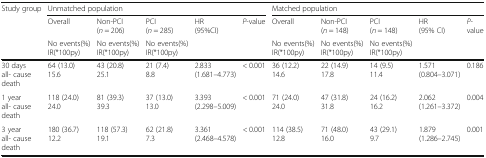
| Study group | <COLSPAN=5> Unmatched population | <COLSPAN=5> Matched population |
 | <ROWSPAN=2>  | Overall | Non-PCI(n = 206) | PCI(n = 285) | <ROWSPAN=2> HR(95%CI) | <ROWSPAN=2> P-value | Overall | Non-PCI(n = 148) | PCI(n = 148) | <ROWSPAN=2> HR(95% CI) | <ROWSPAN=2> P-value |
 | No events(%)IR(*100py) | No events(%)IR(*100py) | No events(%)IR(*100py) | No events(%)IR(*100py) | No events(%)IR(*100py) | No events(%)IR(*100py) |
 | --- | --- | --- | --- | --- | --- | --- | --- | --- | --- | --- |
 | 30 days all- cause death | 64 (13.0)15.6 | 43 (20.8)25.1 | 21 (7.4)8.8 | 2.833(1.681–4.773) | < 0.001 | 36 (12.2)14.6 | 22 (14.9)17.8 | 14 (9.5)11.4 | 1.571(0.804–3.071) | 0.186 |
 | 1 year all- cause death | 118 (24.0)24.0 | 81 (39.3)39.3 | 37 (13.0)13.0 | 3.393(2.298–5.009) | < 0.001 | 71 (24.0)24.0 | 47 (31.8)31.8 | 24 (16.2)16.2 | 2.062(1.261–3.372) | 0.004 |
 | 3 year all- cause death | 180 (36.7)12.2 | 118 (57.3)19.1 | 62 (21.8)7.3 | 3.361(2.468–4.578) | < 0.001 | 114 (38.5)12.8 | 71 (48.0)16.0 | 43 (29.1)9.7 | 1.879(1.286–2.745) | 0.001 |